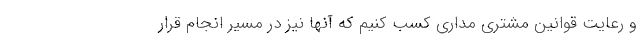
و رعایت قوانین مشتری مداری کسب کنیم که آنها نیز در مسیر انجام قرار